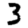
Digit: 3